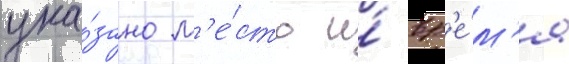
ука́зано м'е́сто и́ вр'е́м'я